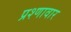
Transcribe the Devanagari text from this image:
प्रश्णावार